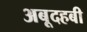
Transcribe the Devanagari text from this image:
अबूदहबी